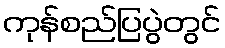
ကုန်စည်ပြပွဲတွင်